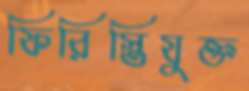
ফিরিস্তিযুক্ত